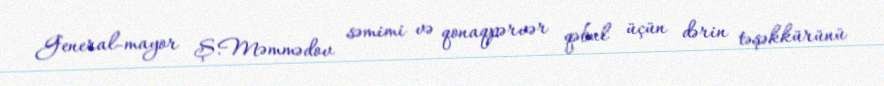
General-mayor Ş.Məmmədov səmimi və qonaqpərvər qəbul üçün dərin təşəkkürünü